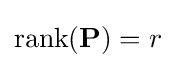
\operatorname {rank} (\mathbf {P} )=r